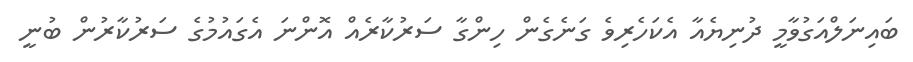
ބައިނަލްއަގުވާމީ ދުނިޔެއާ އެކަހެރިވެ ގަނެގެން ހިންގާ ސަރުކާރެއް އޮންނަ އެގައުމުުގެ ސަރުކާރުން ބުނީ